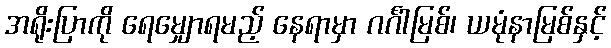
အရိုးပြာကို ရေမျှောရမည့် နေရာမှာ ဂင်္ဂါမြစ်၊ ယမုံနာမြစ်နှင့်